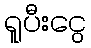
ရူပီးငွေ